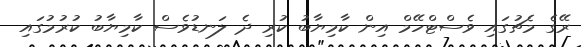
ރޭގެ މެޗުގައި ވެސްޓްހޭމް އިން ކާމިޔާބު ކުރި ދެ ލަނޑުވެސް ކާމިޔާބު ކުރުމުގައި